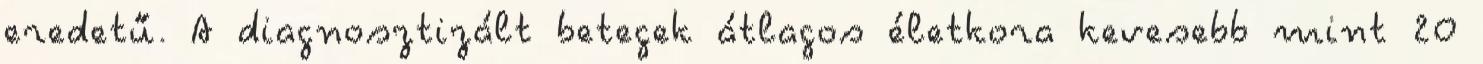
eredetű. A diagnosztizált betegek átlagos életkora kevesebb mint 20